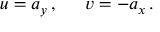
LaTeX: u = a _ { y } \, , \, \, \, \, \, \, \, \, \, v = - a _ { x } \, .